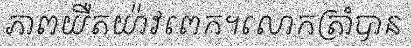
ភាពយឺតយ៉ាវពេក។លោកត្រាំបាន